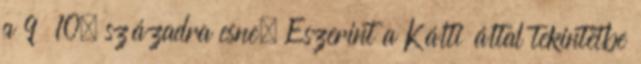
a 9 10. századra esne. Eszerint a Kálti által tekintetbe